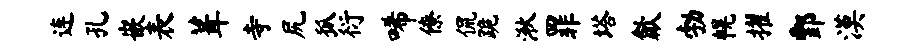
连孔嵌表葺寺尻狐衍唏僚侃跪湫罪塔歙勃幌擢酆漠